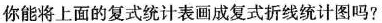
你能将上面的复式统计表画成复式折线统计图吗?